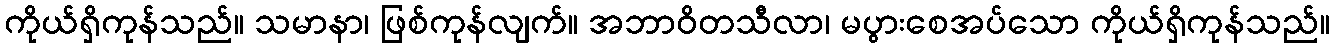
ကိုယ်ရှိကုန်သည်။ သမာနာ၊ ဖြစ်ကုန်လျက်။ အဘာဝိတသီလာ၊ မပွားစေအပ်သော ကိုယ်ရှိကုန်သည်။